Vaccination report Assam 1874-1896 - 1874-1896
Year: 1874
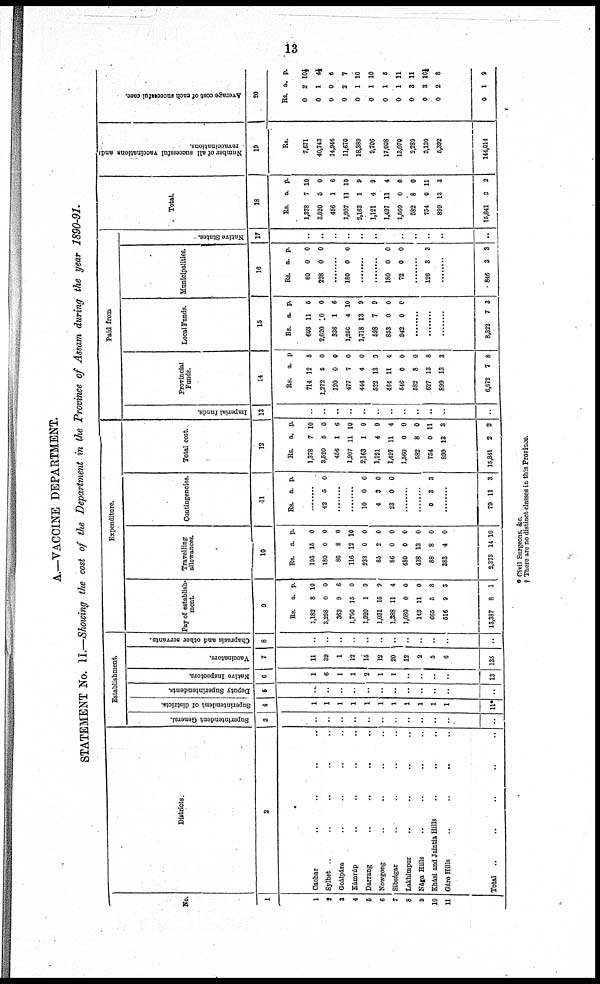
13
A.—VACCINE DEPARTMENT.
STATEMENT No. II.—Showing the cost of the Department in the Province of Assam during the year 1890-91.
No.
1
1
2
3
4
5
6
7
8
9
10
11
Districts
2
Cachar .. .. .. .. ..
Sylhet .. .. .. .. ..
Goálpára .. .. .. .. ..
Kámrúp .. .. .. .. ..
Darrang .. .. .. .. ..
Nowgong .. .. .. .. ..
Sibságar .. .. .. .. ..
Lakhimpur .. .. .. .. ..
Nága Hills .. .. .. .. ..
Khási and Jaintia Hills .. .. ..
Gáro Hills .. .. .. .. ..
Total .. .. .. .. .. ..
Establishment
Superintendent General.
3
..
..
..
..
..
..
..
..
..
..
..
..
Superintendent of districts.
4
1
1
1
1
1
1
1
1
1
1
1
11*
Deputy Superintendents.
5
..
..
..
..
..
..
..
..
..
..
..
..
Native Inspectors.
6
1
6
1
1
2
1
1
..
..
..
..
13
Vaccinators.
7
11
39
1
12
15
12
20
12
2
5
6
135
Chaprasis and other servants.
8
..
..
..
..
..
..
..
..
..
..
..
..
Expenditure.
Pay of establish-
ment.
9
Rs.
1,182
3,298
369
1,790
1,920
1,031
1,388
1,080
148
665
516
13,387
a.
8
0
9
15
1
15
11
0
11
5
9
8
p.
10
0
6
0
9
9
4
0
0
8
3
1
Travelling
allowances.
10
Rs.
195
180
86
116
233
85
86
480
438
88
383
2,373
a.
15
0
8
12
0
2
0
0
13
8
4
14
p.
0
0
0
10
0
0
0
0
0
0
0
10
Contingencies.
11
Rs. a. p.
..........
42 5 0
..........
..........
10
4
23
0
3
0
0
0
0
..........
..........
0 3 3
..........
79 11 3
Total cost
12
Rs.
1,378
3,520
456
1,907
2,163
1,121
1,497
1,560
582
754
899
15,841
a.
7
5
1
11
1
4
11
0
8
0
13
2
p.
10
0
6
10
9
9
4
0
0
11
8
2
Paid from
Imperial funds.
13
..
..
..
..
..
..
..
..
..
..
..
..
Provincial
Funds.
14
Rs.
714
1,272
120
477
444
522
464
546
582
627
899
6,672
a.
12
5
0
7
4
13
11
0
8
13
13
7
p
5
0
0
0
0
0
4
0
0
8
3
8
Local Funds.
15
Rs.
603
2,020
336
1,250
1,718
598
853
942
a.
11
10
1
4
13
7
0
0
p.
5
0
6
10
9
9
0
0
............
............
............
8,322 7 3
Municipalities.
16
Rs.
60
228
a.
0
0
p.
0
0
..........
180 0 0
..........
..........
180
72
0
0
0
0
..........
126 3 3
............
846 3 3
Native States.
17
..
..
..
..
..
..
..
..
..
..
..
..
Total.
18
Rs.
1,378
3,520
456
1,907
2,163
1,121
1,497
1,560
582
754
899
15,841
a.
7
5
1
11
1
4
11
0
8
0
13
2
p.
10
0
6
10
9
9
4
0
0
11
3
2
Number of all successful vaccinations and
revaccinations.
19
Rs.
7,671
40,743
14,946
11,670
18,389
9,706
17,008
18,070
2,289
3,130
5,392
144,014
Average cost of each successful case.
20
Rs.
0
0
0
0
0
0
0
0
0
0
0
0
a.
2
1
0
2
1
1
1
1
3
8
2
1
p.
10¼
4½
6
7
10
10
5
11
11
10¼
8
9
* Civil Surgeons, &c.
† There are no distinct classes in this Province.